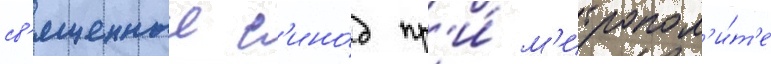
св'ященныи с'ино́д пр'и́ м'итропол'и́т'е